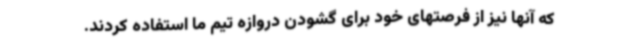
که آنها نیز از فرصتهای خود برای گشودن دروازه تیم ما استفاده کردند.